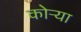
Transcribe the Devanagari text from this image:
कोऱ्‍या